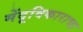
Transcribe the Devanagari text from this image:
मेंदूविकाराचा